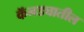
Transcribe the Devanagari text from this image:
कॅनड्यातील